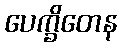
ပေက္ခိတေန